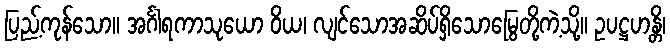
ပြည့်ကုန်သော။ အင်္ဂါရကာသုယော ဝိယ၊ လျင်သောအဆိပ်ရှိသောမြွေတို့ကဲ့သို့။ ဥပဋ္ဌဟန္တိ၊